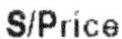
S/PRICE